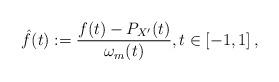
LaTeX: \begin{align*}\hat{f}(t):=\frac{f(t)-P_{X^{\prime }}(t)}{\omega _{m}(t)},t\in\left[-1,1\right],\end{align*}